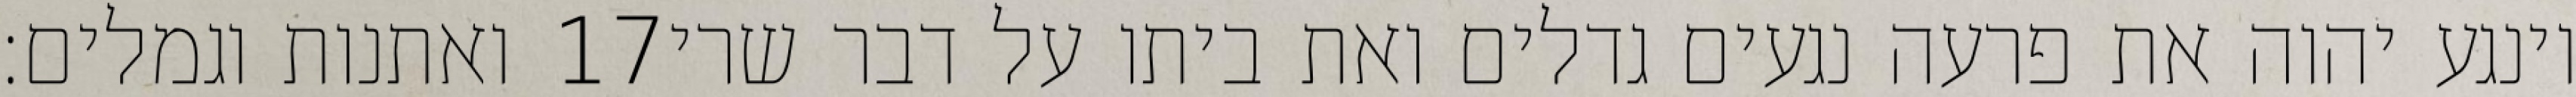
ואתנות וגמלים׃ ‎17‏ וינגע יהוה את פרעה נגעים גדלים ואת ביתו על דבר שרי